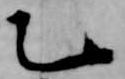
乙